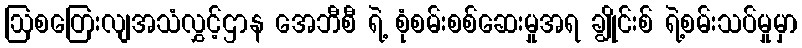
ဩစတြေးလျအသံလွှင့်ဌာန အေဘီစီ ရဲ့ စုံစမ်းစစ်ဆေးမှုအရ ချွိုင်းစ် ရဲ့စမ်းသပ်မှုမှာ